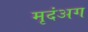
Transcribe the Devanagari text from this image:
मृदंअग